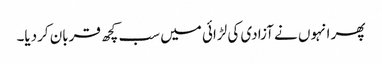
پھر انہوں نے آزادی کی لڑائی میں سب کچھ قربان کردیا۔